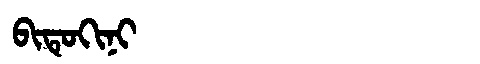
Manchu: ᠪᡳᡨᡠᡴᡳᠨᡳ
Romanization: BITUKINI